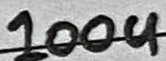
Text: 100u